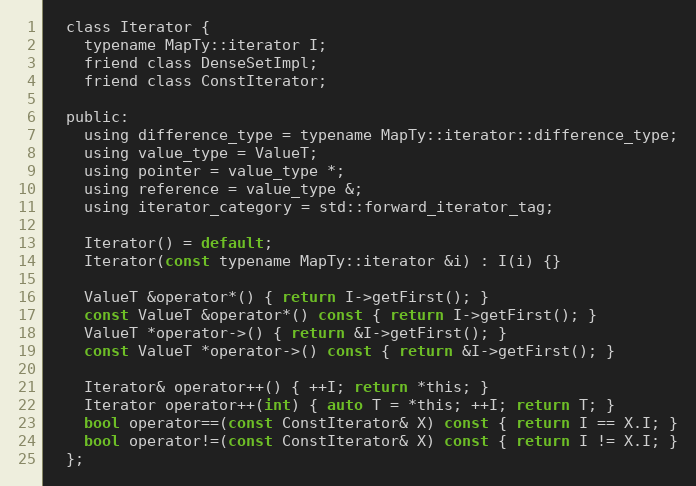
Language: C
  class Iterator {
    typename MapTy::iterator I;
    friend class DenseSetImpl;
    friend class ConstIterator;

  public:
    using difference_type = typename MapTy::iterator::difference_type;
    using value_type = ValueT;
    using pointer = value_type *;
    using reference = value_type &;
    using iterator_category = std::forward_iterator_tag;

    Iterator() = default;
    Iterator(const typename MapTy::iterator &i) : I(i) {}

    ValueT &operator*() { return I->getFirst(); }
    const ValueT &operator*() const { return I->getFirst(); }
    ValueT *operator->() { return &I->getFirst(); }
    const ValueT *operator->() const { return &I->getFirst(); }

    Iterator& operator++() { ++I; return *this; }
    Iterator operator++(int) { auto T = *this; ++I; return T; }
    bool operator==(const ConstIterator& X) const { return I == X.I; }
    bool operator!=(const ConstIterator& X) const { return I != X.I; }
  };